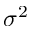
\sigma ^ { 2 }